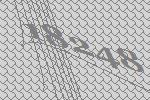
18248